Indian journal of veterinary science and animal husbandry - Volume 9,
Year: 1939
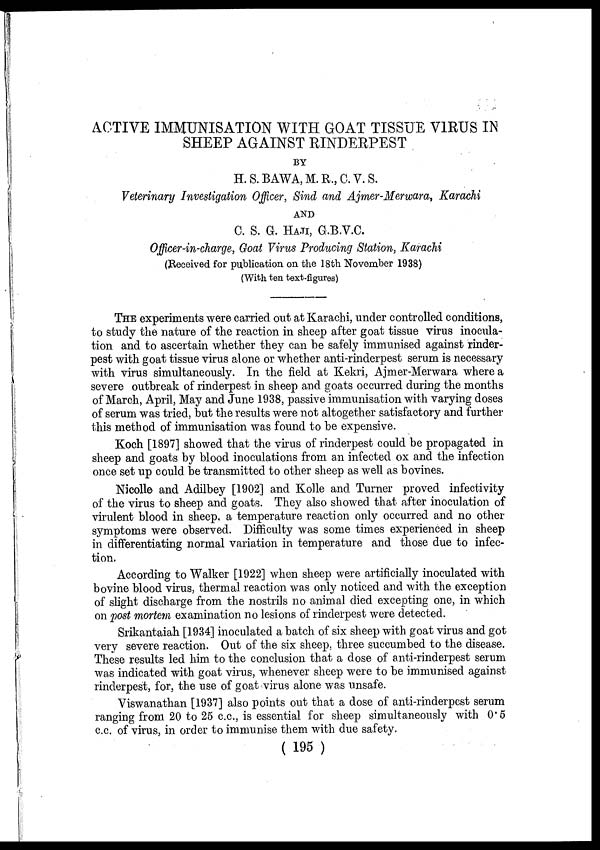
ACTIVE IMMUNISATION WITH GOAT TISSUE VIRUS IN
SHEEP AGAINST RINDERPEST
BY
H. S. BAWA, M. R., C. V. S.
Veterinary Investigation Officer, Sind and Ajmer-Merwara, Karachi
AND
C. S. G. HAJI, G.B.V.C.
Officer-in-charge, Goat Virus Producing Station, Karachi
(Received for publication on the 18th November 1938)
(With ten text-figures)
THE experiments were carried out at Karachi, under controlled conditions,
to study the nature of the reaction in sheep after goat tissue virus inocula-
tion and to ascertain whether they can be safely immunised against rinder-
pest with goat tissue virus alone or whether anti-rinderpest serum is necessary
with virus simultaneously. In the field at Kekri, Ajmer-Merwara where a
severe outbreak of rinderpest in sheep and goats occurred during the months
of March, April, May and June 1938, passive immunisation with varying doses
of serum was tried, but the results were not altogether satisfactory and further
this method of immunisation was found to be expensive.
Koch [1897] showed that the virus of rinderpest could be propagated in
sheep and goats by blood inoculations from an infected ox and the infection
once set up could be transmitted to other sheep as well as bovines.
Nicolle and Adilbey [1902] and Kolle and Turner proved infectivity
of the virus to sheep and goats. They also showed that after inoculation of
virulent blood in sheep, a temperature reaction only occurred and no other
symptoms were observed. Difficulty was some times experienced in sheep
in differentiating normal variation in temperature and those due to infec-
tion.
According to Walker [1922] when sheep were artificially inoculated with
bovine blood virus, thermal reaction was only noticed and with the exception
of slight discharge from the nostrils no animal died excepting one, in which
on post mortem examination no lesions of rinderpest were detected.
Srikantaiah [1934] inoculated a batch of six sheep with goat virus and got
very severe reaction. Out of the six sheep, three succumbed to the disease.
These results led him to the conclusion that a dose of anti-rinderpest serum
was indicated with goat virus, whenever sheep were to be immunised against
rinderpest, for, the use of goat virus alone was unsafe.
Viswanathan [1937] also points out that a dose of anti-rinderpest serum
ranging from 20 to 25 c.c., is essential for sheep simultaneously with 0.5
c.c. of virus, in order to immunise them with due safety.
( 195 )